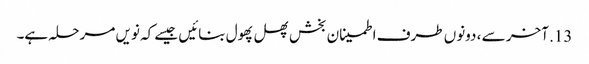
13. آخر سے ، دونوں طرف اطمینان بخش پھل پھول بنائیں جیسے کہ نویں مرحلہ ہے۔